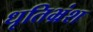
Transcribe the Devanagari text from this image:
धृतिभ्रंश